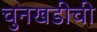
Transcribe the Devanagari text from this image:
चुनखडीची